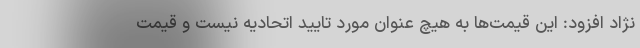
نژاد افزود: این قیمت‌ها به هیچ عنوان مورد تایید اتحادیه نیست و قیمت